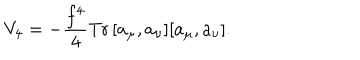
V _ { 4 } = - \frac { f ^ { 4 } } { 4 } \textrm { T r } \, [ a _ { \mu } , a _ { \nu } ] [ a _ { \mu } , a _ { \nu } ] .